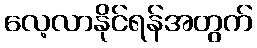
လေ့လာနိုင်ရန်အတွက်